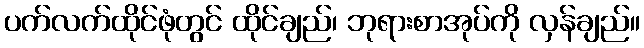
ပက်လက်ထိုင်ဖုံတွင် ထိုင်ချည်၊ ဘုရားစာအုပ်ကို လှန်ချည်။